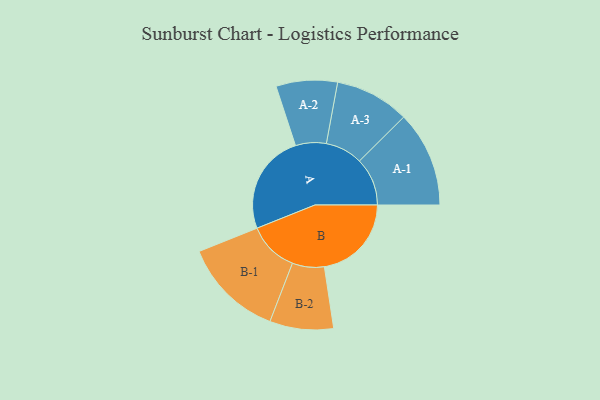
{"axis": {"x": "Segment", "y": "Value"}, "legend": ["", "A", "B"], "data": [{"x": "A", "y": 412, "type": ""}, {"x": "B", "y": 358, "type": ""}, {"x": "A-1", "y": 197, "type": "A"}, {"x": "A-2", "y": 126, "type": "A"}, {"x": "A-3", "y": 153, "type": "A"}, {"x": "B-1", "y": 207, "type": "B"}, {"x": "B-2", "y": 131, "type": "B"}]}